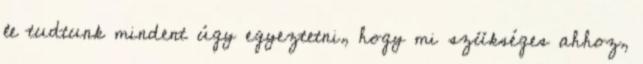
le tudtunk mindent úgy egyeztetni, hogy mi szükséges ahhoz,